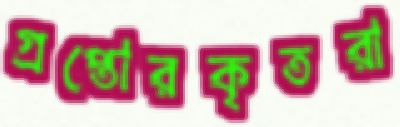
গ্রপ্তোরকৃতরা